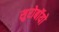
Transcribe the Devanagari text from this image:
सुरोबॉयो